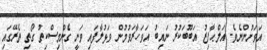
އަވަށުންނެވެ. އަލްޙާފިޒު އަބޫބަކުރު ނައިބު އަވަހާރަވުމުން ވަޅުލާފައި ވަނީ ގެންމިސްކިތު ގޯތި ތެރޭގައި